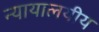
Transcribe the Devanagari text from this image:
न्यायालयीय